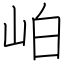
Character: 岶